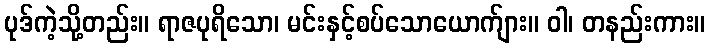
ပုဒ်ကဲ့သို့တည်း။ ရာဇပုရိသော၊ မင်းနှင့်စပ်သောယောက်ျား။ ဝါ၊ တနည်းကား။